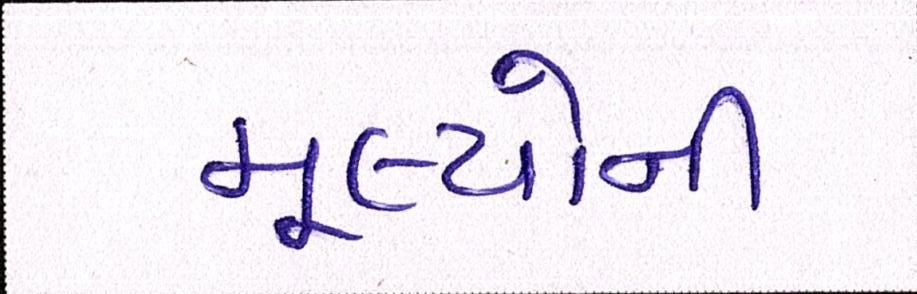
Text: મૂલ્યોની